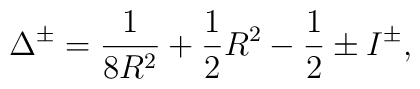
\Delta ^{\pm }=\frac{1}{8R^{2}}+\frac{1}{2}R^{2}-\frac{1}{2}\pm I^{\pm },